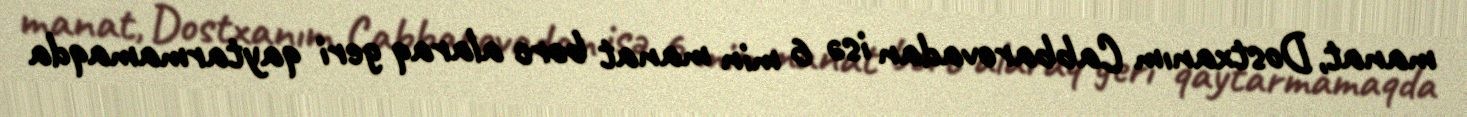
manat, Dostxanım Cabbarovadan isə 6 min manat borc alaraq geri qaytarmamaqda